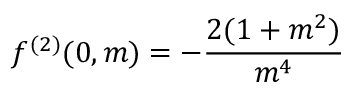
f ^ { ( 2 ) } ( 0 , m ) = - \frac { 2 ( 1 + m ^ { 2 } ) } { m ^ { 4 } }